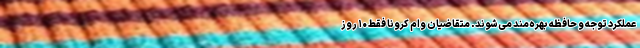
عملکرد توجه و حافظه بهره‌مند می‌شوند. متقاضیان وام کرونا فقط ۱۰ روز